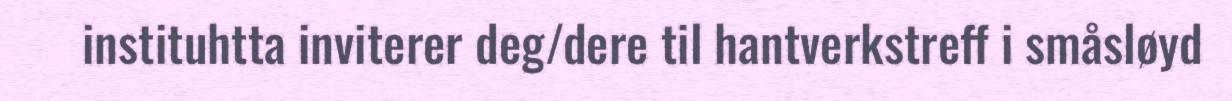
instituhtta inviterer deg/dere til hantverkstreff i småsløyd